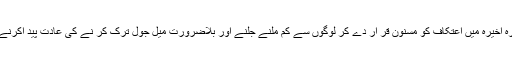
۴:… رمضان کے عشرۂ اخیرہ میں اعتکاف کو مسنون قر ار دے کر لوگوں سے کم ملنے جلنے اور بلاضرورت میل جول ترک کر نے کی عادت پید اکرنے کی تدبیر کی گئی ہے۔